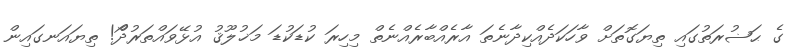
ގެ ޙަޟުރަތުގައި ތިޔަގޮތަށް ވާހަކަދެއްކިދާނެތަ އާރެއްބާރެއްނެތް މިހިރަ ކުޑަކުޑަ މަޚުލޫޤު އުުޅޭވައްތަރުދޯް! ތިޔައަނގައިން